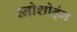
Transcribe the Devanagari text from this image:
स्नोशोइंग